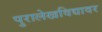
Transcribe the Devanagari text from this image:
पुरालेखविद्यावर